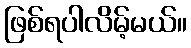
ဖြစ်ရပါလိမ့်မယ်။